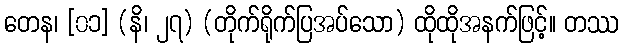
တေန၊ [၀၁] (နိ၊ ၂၇) (တိုက်ရိုက်ပြအပ်သော) ထိုထိုအနက်ဖြင့်။ တဿ